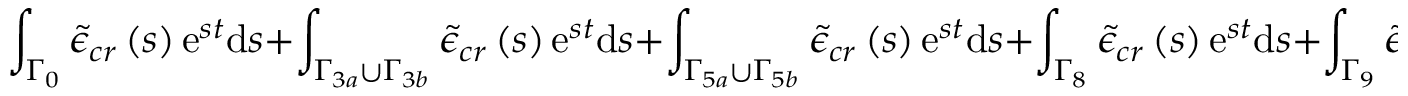
\int _ { \Gamma _ { 0 } } \tilde { \epsilon } _ { c r } \left( s \right) \mathrm { e } ^ { s t } \mathrm { d } s + \int _ { \Gamma _ { 3 a } \cup \Gamma _ { 3 b } } \tilde { \epsilon } _ { c r } \left( s \right) \mathrm { e } ^ { s t } \mathrm { d } s + \int _ { \Gamma _ { 5 a } \cup \Gamma _ { 5 b } } \tilde { \epsilon } _ { c r } \left( s \right) \mathrm { e } ^ { s t } \mathrm { d } s + \int _ { \Gamma _ { 8 } } \tilde { \epsilon } _ { c r } \left( s \right) \mathrm { e } ^ { s t } \mathrm { d } s + \int _ { \Gamma _ { 9 } } \tilde { \epsilon } _ { c r } \left( s \right) \mathrm { e } ^ { s t } \mathrm { d } s = 0 ,